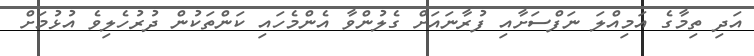
އަދި ތިމާގެ އަމިއްލަ ނަފްސަށާއި ފުރާނައަށް ގެލުންވާ އެންމެހައި ކަންތަކުން ދުރުހެލިވެ އުޅުމަށް